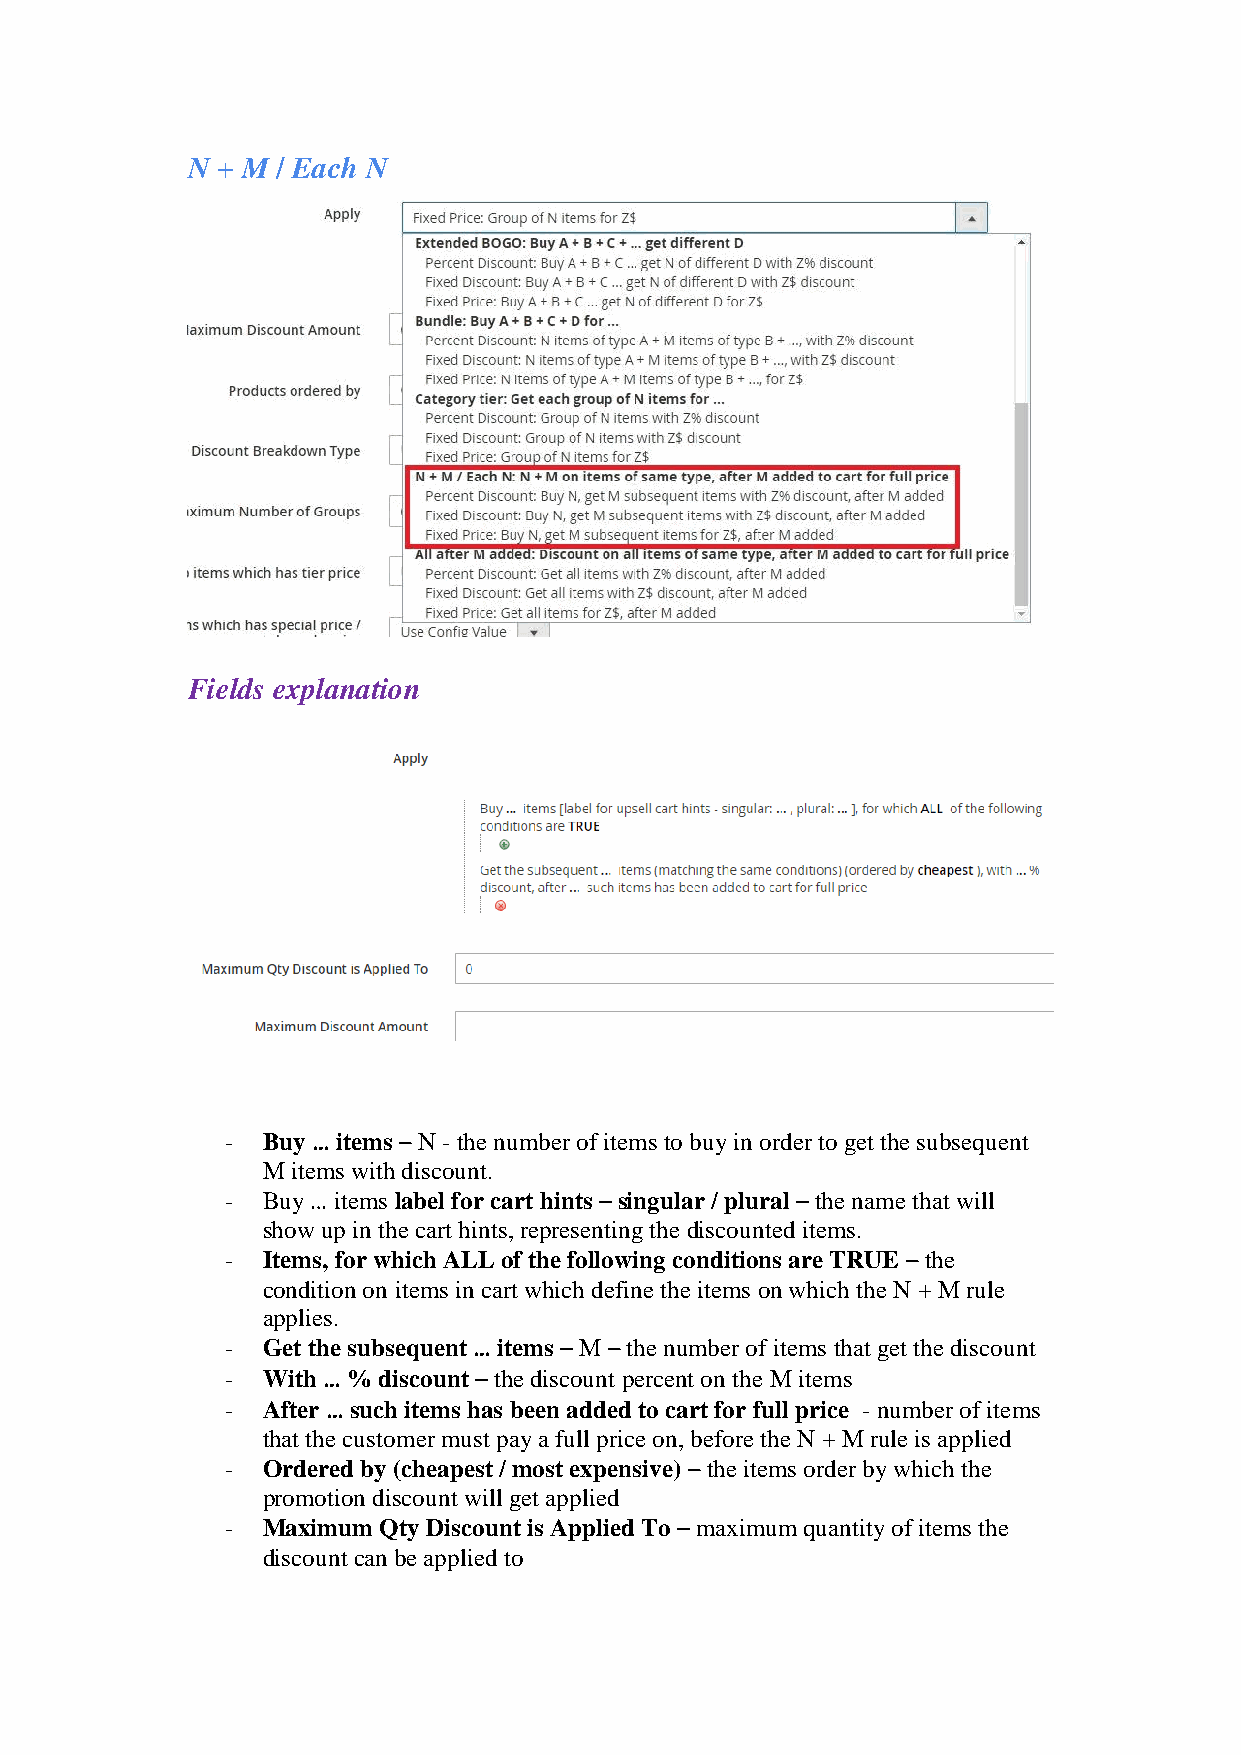
N + M / Each N
 Fields explanation
 - Buy … items – N - the number of items to buy in order to get the subsequent
 M items with discount.
 - Buy … items label for cart hints – singular / plural – the name that will
 show up in the cart hints, representing the discounted items.
 - Items, for which ALL of the following conditions are TRUE – the
 condition on items in cart which define the items on which the N + M rule
 applies.
 - Get the subsequent … items – M – the number of items that get the discount
 - With … % discount – the discount percent on the M items
 - After … such items has been added to cart for full price - number of items
 that the customer must pay a full price on, before the N + M rule is applied
 - Ordered by (cheapest / most expensive) – the items order by which the
 promotion discount will get applied
 - Maximum Qty Discount is Applied To – maximum quantity of items the
 discount can be applied to